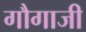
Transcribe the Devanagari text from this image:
गौगाजी